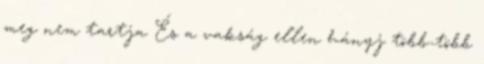
meg nem tartja És a vakság ellen hányj több-több